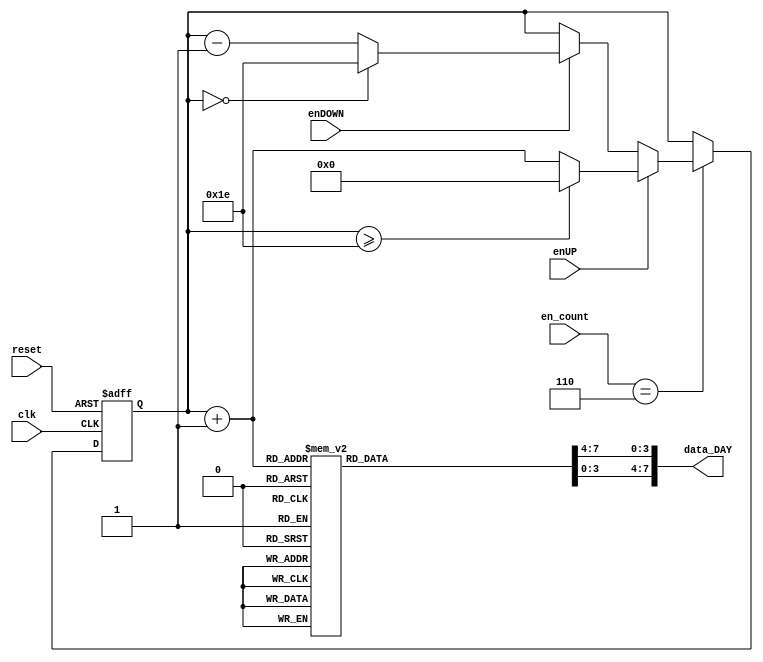
module contador_AD_DAY_2dig
(
input wire clk,
input wire reset,
input wire [3:0] en_count,
input wire enUP,
input wire enDOWN,
output wire [7:0] data_DAY
);

localparam N = 5; // Para definir el nmero de bits del contador (hasta 31->5 bits)
//Declaracin de seales
reg [N-1:0] q_act, q_next;
wire [N-1:0] count_data;
reg [3:0] digit1, digit0;

//Descripcin del comportamiento
always@(posedge clk, posedge reset)
begin	
	
	if(reset)
	begin
		q_act <= 5'b0;
	end
	
	else
	begin
		q_act <= q_next;
	end
end


//Lgica de salida
always@*
begin

	if (en_count == 6)
	begin
		if (enUP)
		begin
			if (q_act >= 5'd30) q_next = 5'd0;
			else q_next = q_act + 5'd1;
		end
		
		else if (enDOWN)
		begin
			if (q_act == 5'd0) q_next = 5'd30;
			else q_next = q_act - 5'd1;
		end
		else q_next = q_act;
	end
	else q_next = q_act;
	
end

assign count_data = q_act + 5'b1;//Suma 1 a todas las cuentas de 0->30 a 1->31

//Decodificaci?n BCD (2 d?gitos)

always@*
begin
case(count_data)

5'd1: begin digit1 = 4'b0000; digit0 = 4'b0001; end
5'd2: begin digit1 = 4'b0000; digit0 = 4'b0010; end
5'd3: begin digit1 = 4'b0000; digit0 = 4'b0011; end
5'd4: begin digit1 = 4'b0000; digit0 = 4'b0100; end
5'd5: begin digit1 = 4'b0000; digit0 = 4'b0101; end
5'd6: begin digit1 = 4'b0000; digit0 = 4'b0110; end
5'd7: begin digit1 = 4'b0000; digit0 = 4'b0111; end
5'd8: begin digit1 = 4'b0000; digit0 = 4'b1000; end
5'd9: begin digit1 = 4'b0000; digit0 = 4'b1001; end

5'd10: begin digit1 = 4'b0001; digit0 = 4'b0000; end
5'd11: begin digit1 = 4'b0001; digit0 = 4'b0001; end
5'd12: begin digit1 = 4'b0001; digit0 = 4'b0010; end
5'd13: begin digit1 = 4'b0001; digit0 = 4'b0011; end
5'd14: begin digit1 = 4'b0001; digit0 = 4'b0100; end
5'd15: begin digit1 = 4'b0001; digit0 = 4'b0101; end
5'd16: begin digit1 = 4'b0001; digit0 = 4'b0110; end
5'd17: begin digit1 = 4'b0001; digit0 = 4'b0111; end
5'd18: begin digit1 = 4'b0001; digit0 = 4'b1000; end
5'd19: begin digit1 = 4'b0001; digit0 = 4'b1001; end

5'd20: begin digit1 = 4'b0010; digit0 = 4'b0000; end
5'd21: begin digit1 = 4'b0010; digit0 = 4'b0001; end
5'd22: begin digit1 = 4'b0010; digit0 = 4'b0010; end
5'd23: begin digit1 = 4'b0010; digit0 = 4'b0011; end
5'd24: begin digit1 = 4'b0010; digit0 = 4'b0100; end
5'd25: begin digit1 = 4'b0010; digit0 = 4'b0101; end
5'd26: begin digit1 = 4'b0010; digit0 = 4'b0110; end
5'd27: begin digit1 = 4'b0010; digit0 = 4'b0111; end
5'd28: begin digit1 = 4'b0010; digit0 = 4'b1000; end
5'd29: begin digit1 = 4'b0010; digit0 = 4'b1001; end

5'd30: begin digit1 = 4'b0011; digit0 = 4'b0000; end
5'd31: begin digit1 = 4'b0011; digit0 = 4'b0001; end

default:  begin digit1 = 0; digit0 = 0; end
endcase
end

assign data_DAY = {digit1,digit0};

endmodule